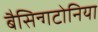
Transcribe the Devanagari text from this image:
बैसिन्गटोनिया